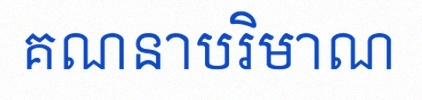
គណនាបរិមាណ